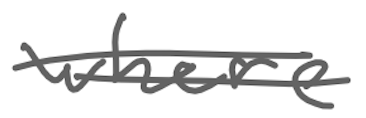
Text: where
Cross-out: mix
Writing tool: digital_gray